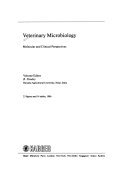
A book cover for Veterinary Microbiology: Molecular and Clinical Perspectives (Progress in Veterinary Microbiology and Immunology, Vol. 2); Medical Books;